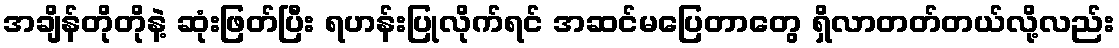
အချိန်တိုတိုနဲ့ ဆုံးဖြတ်ပြီး ရဟန်းပြုလိုက်ရင် အဆင်မပြေတာတွေ ရှိလာတတ်တယ်လို့လည်း